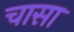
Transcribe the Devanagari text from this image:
चासा